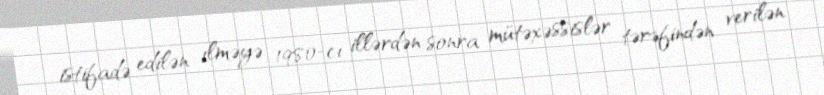
istifadə edilən ılməyə 1980-cı illərdən sonra mütəxəssislər tərəfindən verilən